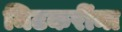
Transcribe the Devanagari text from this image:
मिटकरींना